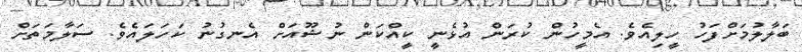
ބަލާލުމަށްފަހު ހީލިއެވެ. އެމީހުން ކުރަން އުޅެނީ ކީއްކަން ނުޝޫއަށް އެނގުނު ކަހަލައެވެ. ސަލާމަތަށް